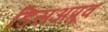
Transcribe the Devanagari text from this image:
डिसअप्रूव